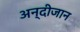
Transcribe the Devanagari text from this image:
अन्दीजान